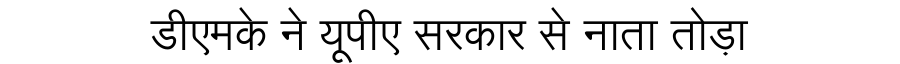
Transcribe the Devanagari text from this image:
डीएमके ने यूपीए सरकार से नाता तोड़ा